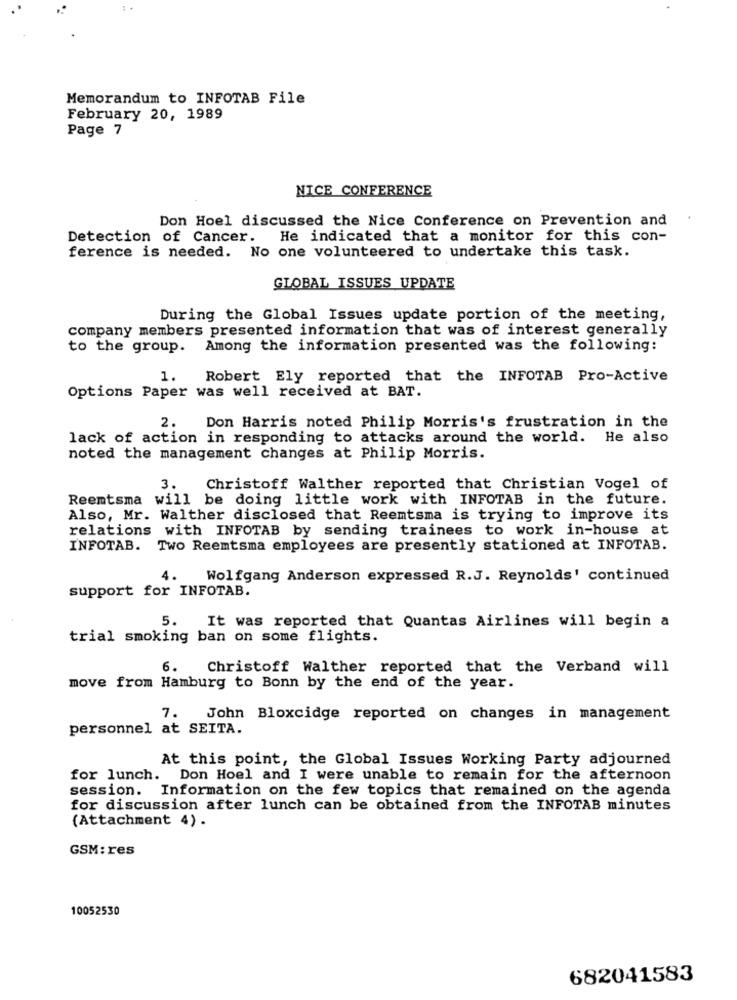
Memorandum to INFOTAB File
February 20, 1989
Page 7
NICE CONFERENCE
Don Hoel discussed the Nice Conference on Prevention and
Detection of Cancer. He indicated that a monitor for this con-
ference is needed. No one volunteered to undertake this task.
GLOBAL ISSUES UPDATE
During the Global Issues update portion of the meeting,
company members presented information that was of interest generally
to the group. Among the information presented was the following:
1. Robert Ely reported that the INFOTAB Pro-Active
Options Paper was well received at BAT.
2.
Don Harris noted Philip Morris's frustration in the
lack of action in responding to attacks around the world. He also
noted the management changes at Philip Morris.
3. Christoff Walther reported that Christian Vogel of
Reemtsma will be doing little work with INFOTAB in the future.
Also, Mr. Walther disclosed that Reemtsma is trying to improve its
relations with INFOTAB by sending trainees to work in-house at
INFOTAB. Two Reemtsma employees are presently stationed at INFOTAB.
4.
Wolfgang Anderson expressed R.J. Reynolds' continued
support for INFOTAB.
5. It was reported that Quantas Airlines will begin a
trial smoking ban on some flights.
6. Christoff Walther reported that the Verband will
move from Hamburg to Bonn by the end of the year.
7.
John Bloxcidge reported on changes in management
personnel at SEITA.
At this point, the Global Issues Working Party adjourned
for lunch.
Don Hoel and I were unable to remain for the afternoon
session. Information on the few topics that remained on the agenda
for discussion after lunch can be obtained from the INFOTAB minutes
(Attachment 4) .
GSM: res
10052530
682041583